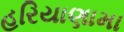
હરિયાણામા